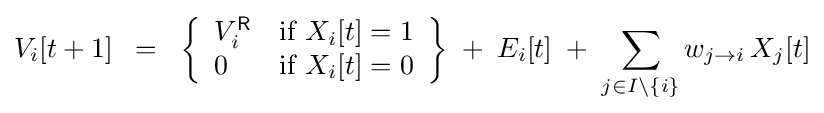
V_{i}[t+1]\;\;=\;\;\left\{{\begin{array}{ll}V_{i}^{\mathsf {R}}&\mathrm {if} \;X_{i}[t]=1\\0&\mathrm {if} \;X_{i}[t]=0\end{array}}\right\}\;+\;E_{i}[t]\;+\;\sum _{j\in I\setminus \{i\}}w_{j\to i}\,X_{j}[t]